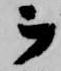
ヲ